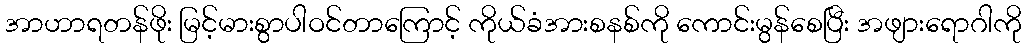
အာဟာရတန်ဖိုး မြင့်မားစွာပါဝင်တာကြောင့် ကိုယ်ခံအားစနစ်ကို ကောင်းမွန်စေပြီး အဖျားရောဂါကို